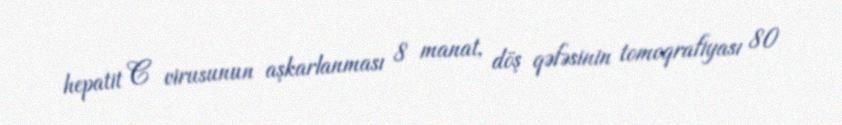
hepatit C virusunun aşkarlanması 8 manat, döş qəfəsinin tomoqrafiyası 80